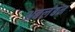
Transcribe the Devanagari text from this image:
अबलंबन